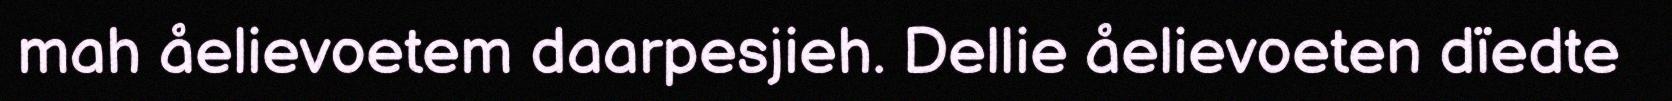
mah åelievoetem daarpesjieh. Dellie åelievoeten dïedte